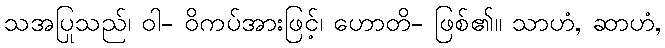
သအပြုသည်၊ ဝါ- ဝိကပ်အားဖြင့်၊ ဟောတိ- ဖြစ်၏။ သာဟံ, ဆာဟံ,